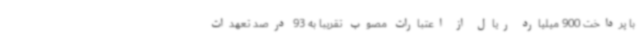
با پرداخت 900 میلیارد ریال از اعتبارات مصوب تقریباً به 93 درصد تعهدات